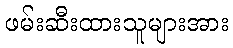
ဖမ်းဆီးထားသူများအား